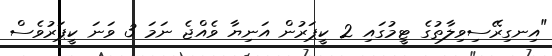
"އިނގިރޭސިވިލާތުގެ ޓީމުގައި 2 ކީޕަރުން އަނިޔާ ވެއްޖެ ނަމަ 3 ވަނަ ކީޕަރުވެސް